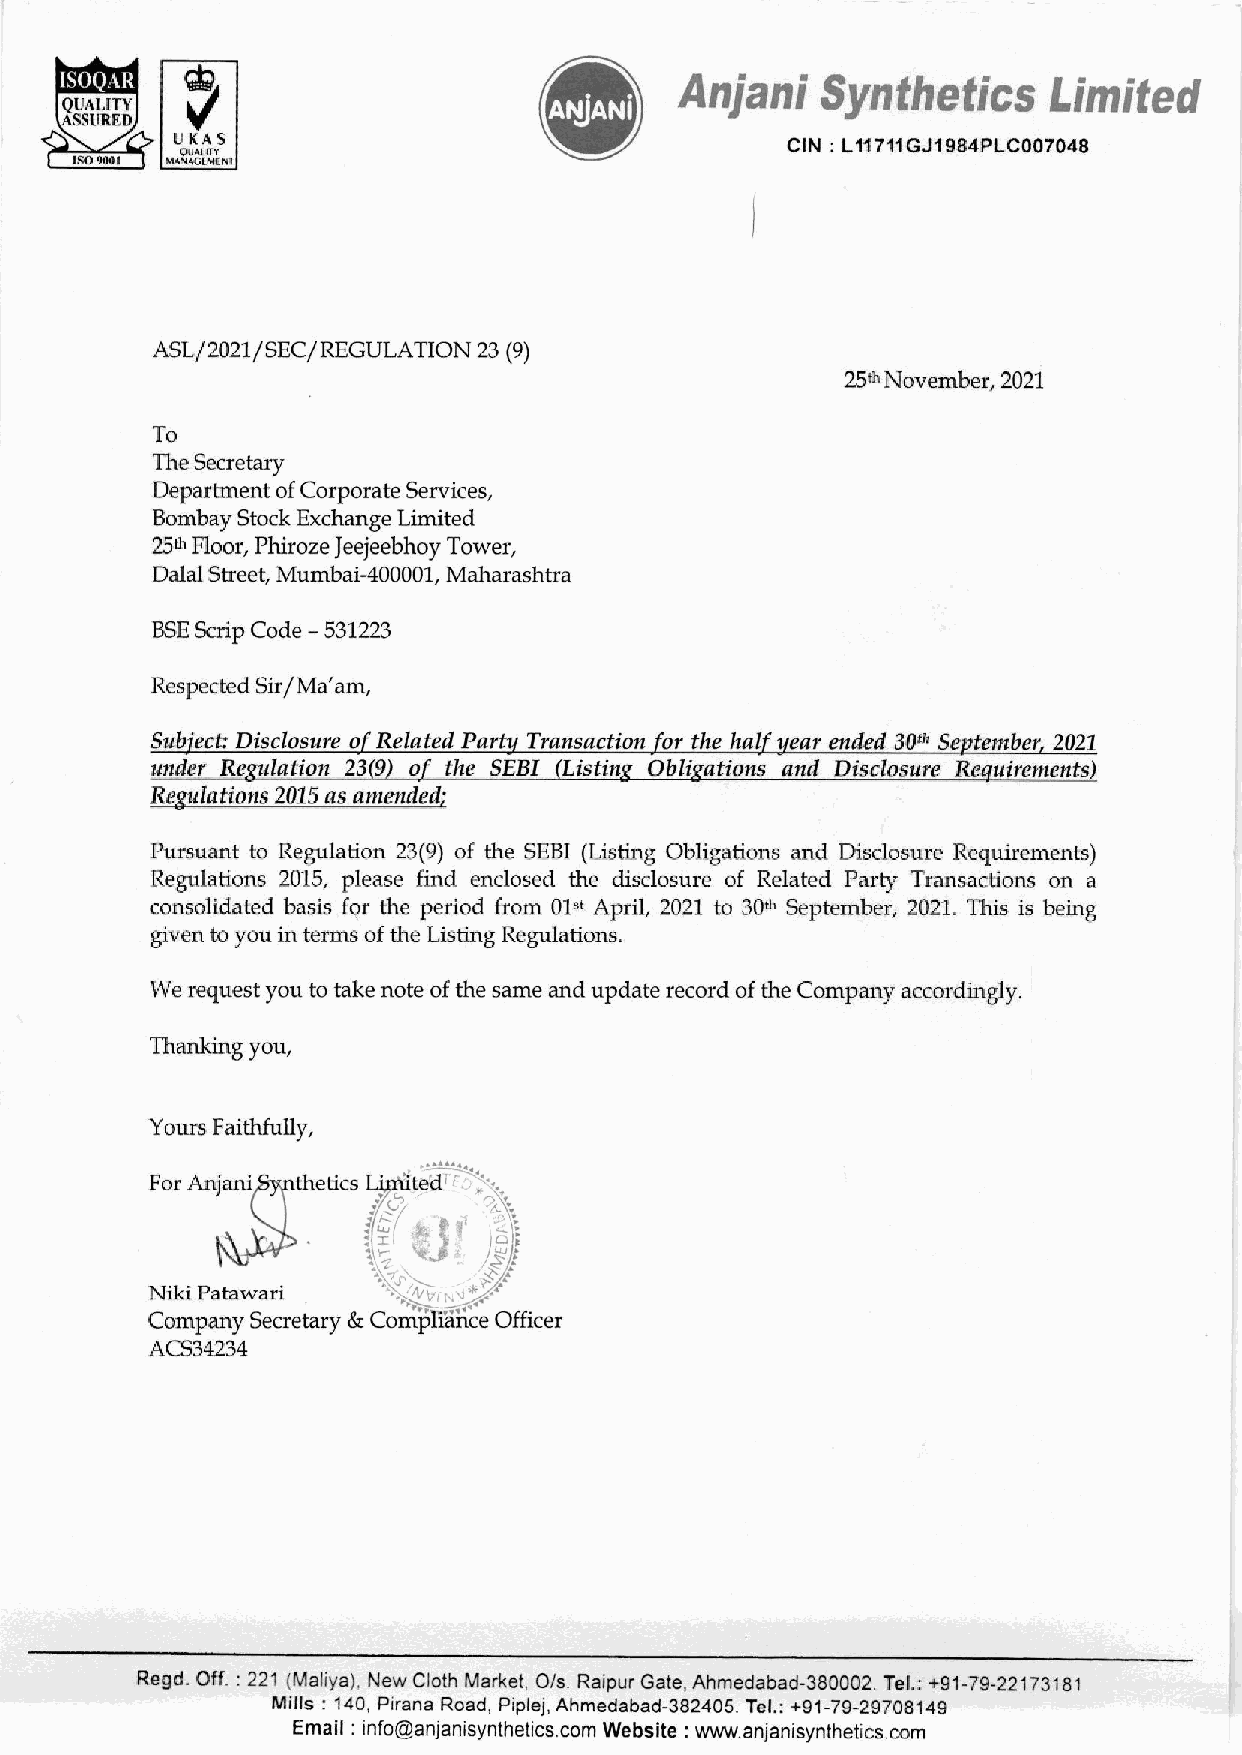
V                                Anjani   Synthetics     Limited
 UKAS                                     CIN : L11741GJ1984PLC007048
 QUALITY
 MANAGEMENT
 ASL/2021 /SEC/REGULATION 23 (9)
 25th November, 2021
 To
 The Secretary
 Department of Corporate Services,
 Bombay Stock Exchange Limited
 25% Floor, Phiroze Jeejeebhoy Tower,
 Dalal Street, Mumbai-400001, Maharashtra
 BSE Scrip Code - 531223
 Respected Sir/Ma’‘am,
 Subject: Disclosure of Related Party Transaction for the half year ended 30% September, 2021
 under Regulation 239) of the SEBI (Listing Obligations and Disclosure Requirements)
 Regulations 2015 as amended;
 Pursuant to Regulation 23(9) of the SEBI (Listing Obligations and Disclosure Requirements)
 Regulations 2015, please find enclosed the disclosure of Related Party Transactions on a
 consolidated basis for the period from 01st April, 2021 to 30% September, 2021. This is being
 given to you in terms of the Listing Regulations.
 We request you to take note of the same and update record of the Company accordingly.
 Thanking you,
 Yours Faithfully,
 For Anjani Synthetics Limited eos %
 Re        de  SS:
 Niki Patawari  Sa   SS ee
 Company Secretary & Compliance Officer
 ACS34234
 Regd. Off. : 221 (Maliya), New Cloth Market, O/s. Raipur Gate, Anmedabad-380002. Tel.: +91-79-22173181
 Mills : 140, Pirana Road, Piplej, Anmedabad-382405. Tel.: +91-79-29708149
 Email : info@anjanisynthetics.com Website : www.anjanisynthetics.com